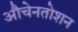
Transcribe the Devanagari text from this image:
औचेनतोशन